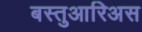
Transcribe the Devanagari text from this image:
बस्तुआरिअस